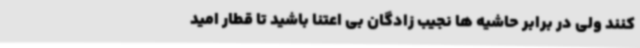
کنند ولی در برابر حاشیه ها نجیب زادگان بی اعتنا باشید تا قطار امید